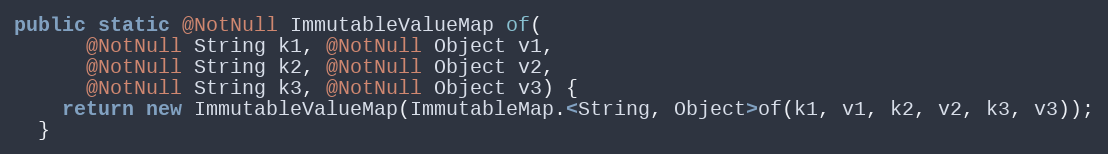
Language: Java
public static @NotNull ImmutableValueMap of(
      @NotNull String k1, @NotNull Object v1,
      @NotNull String k2, @NotNull Object v2,
      @NotNull String k3, @NotNull Object v3) {
    return new ImmutableValueMap(ImmutableMap.<String, Object>of(k1, v1, k2, v2, k3, v3));
  }